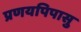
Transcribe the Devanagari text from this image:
प्रणयपिपासु